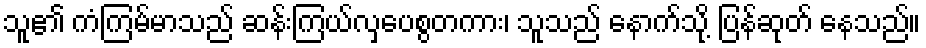
သူ၏ ကံကြမ်မာသည် ဆန်းကြယ်လှပေစွတကား၊ သူသည် နောက်သို့ ပြန်ဆုတ် နေသည်။